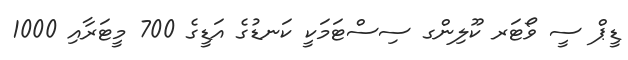
ޑީޕް ސީ ވޯޓަރ ކޫލިންގ ސިސްޓަމަކީ ކަނޑުގެ އަޑީގެ 700 މީޓަރާއި 1000